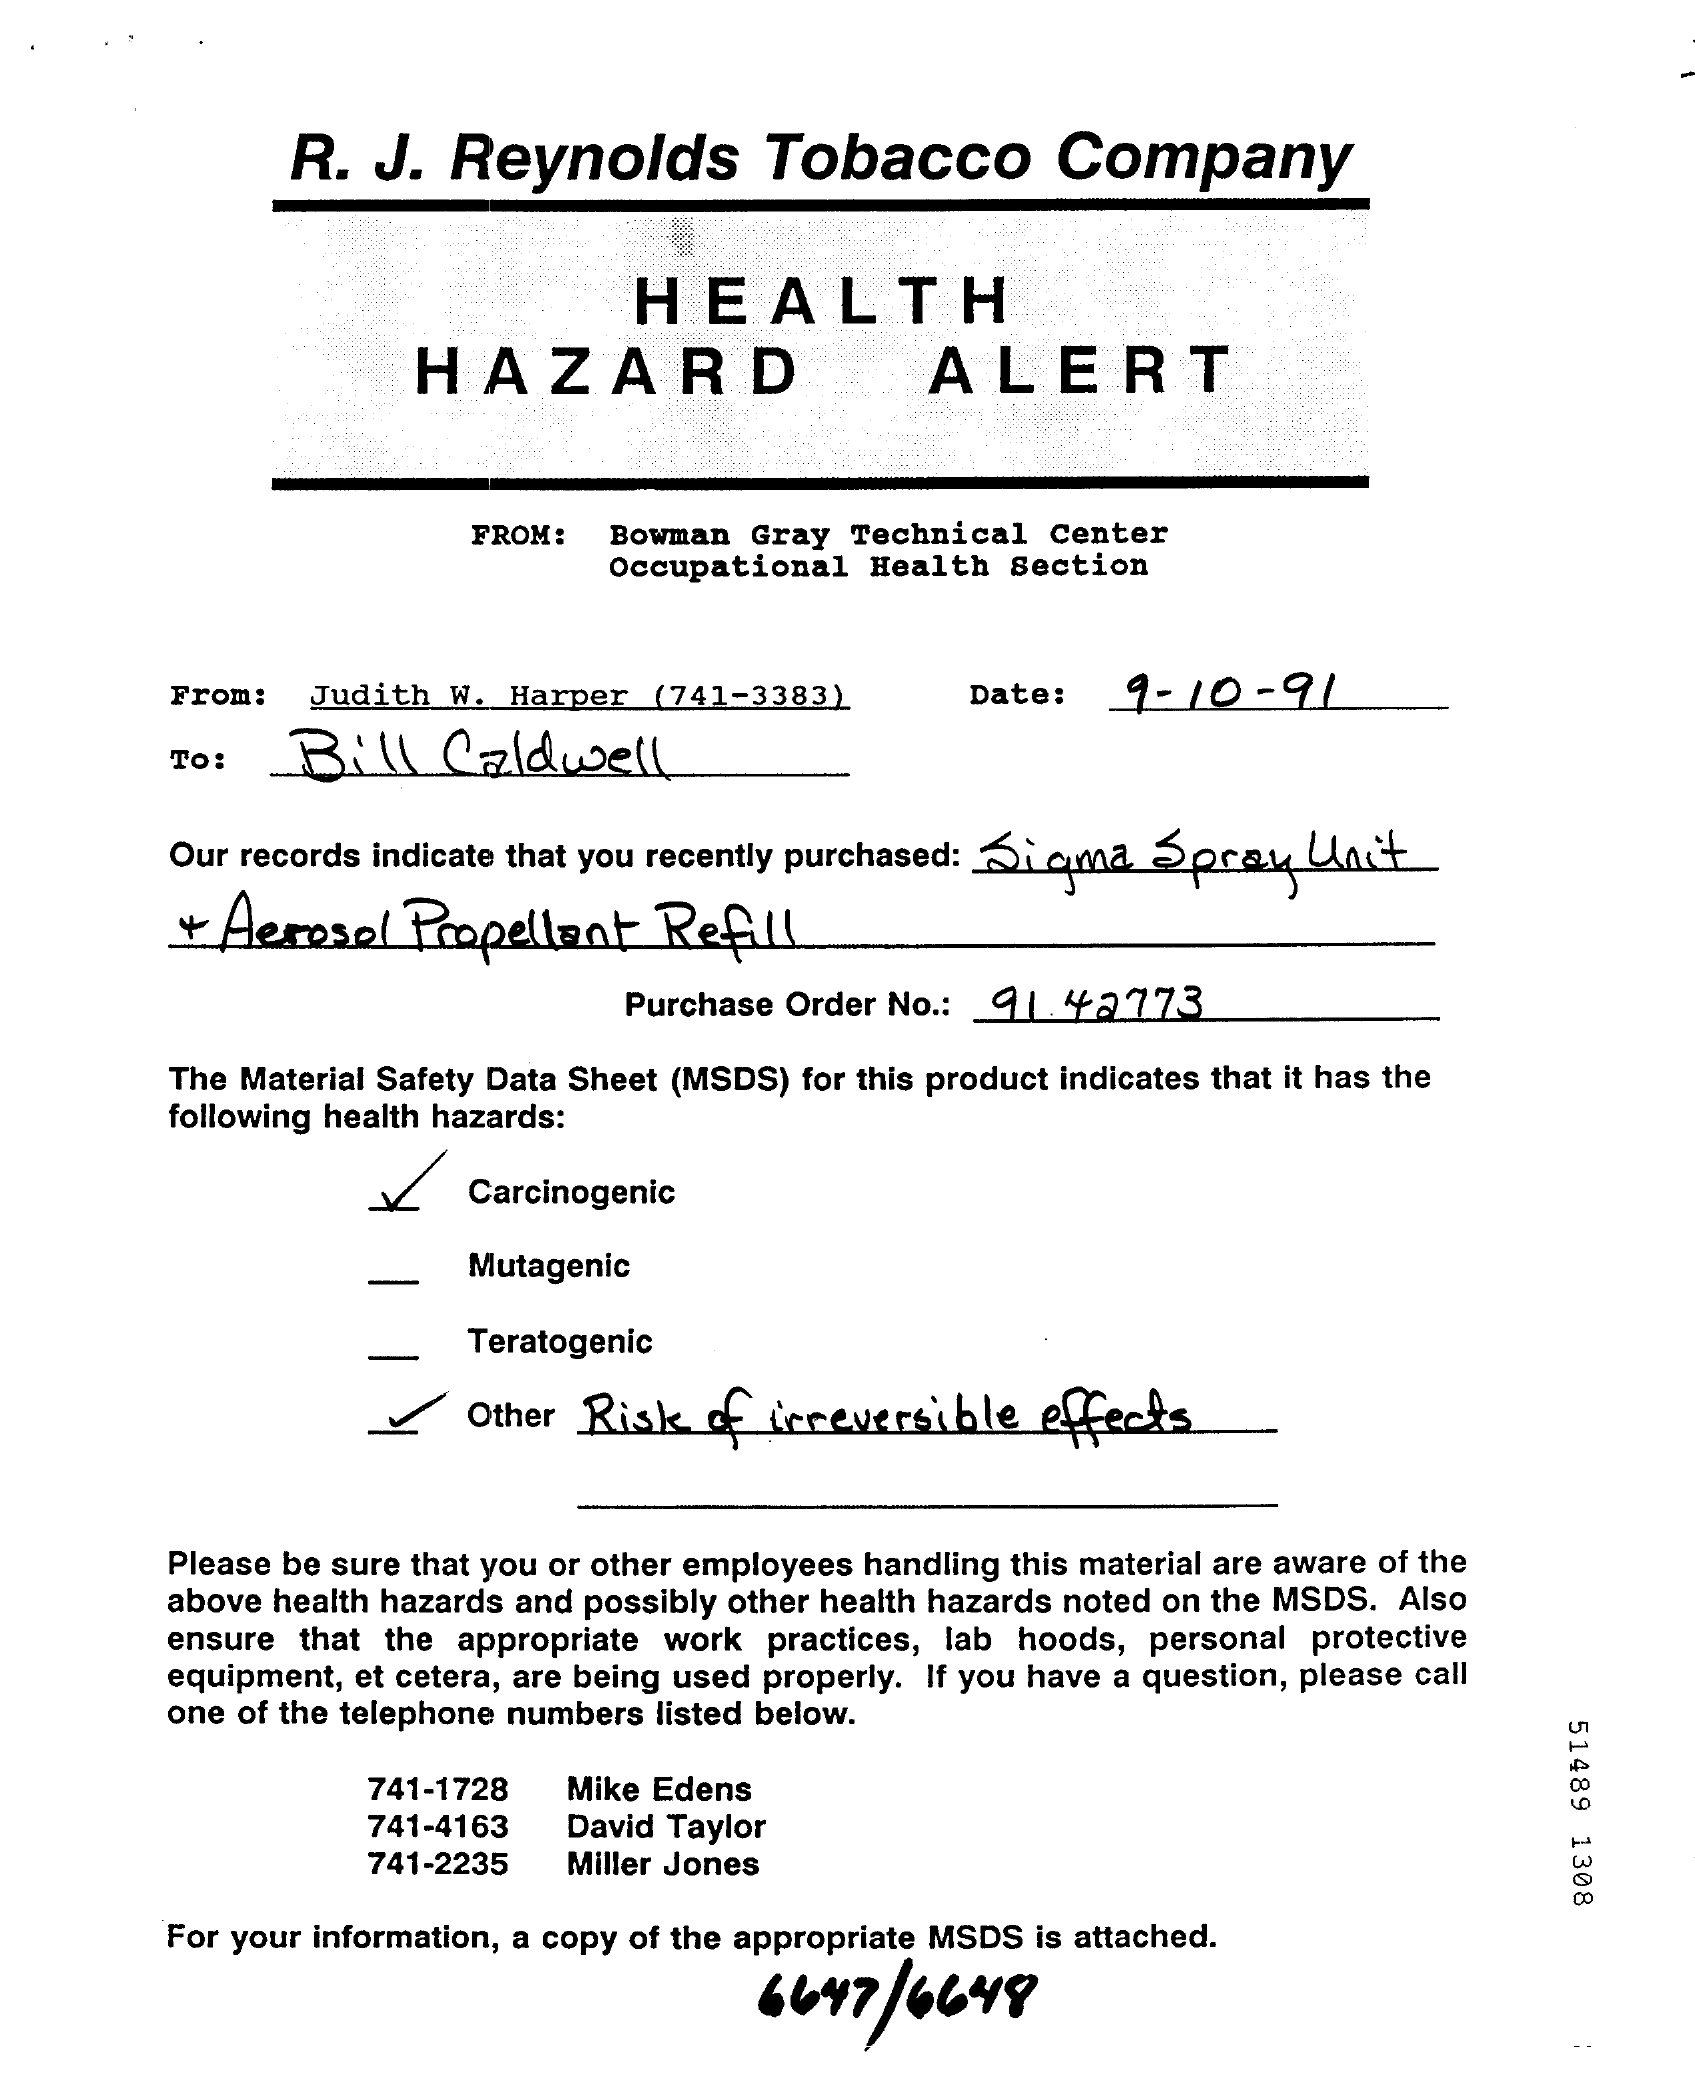
R.  J.   Reynolds    Tobacco    Company
     HEALTH
     HAZARD    ALERT
     FROM:   Bowman Gray Technical  Center
     Occupational Health Section
     From:   Judith W. Harper  (741-3383)    Date:   9-10-    91
     To:   Bill    Caldwell
     Our records indicate that you recently purchased: Si oma Spray Latt
     +  Aerosol  Propellant   Refill
     Purchase Order No .: 91 42773
     The Material Safety Data Sheet (MSDS) for this product indicates that it has the
     following health hazards:
     Carcinogenic
     Mutagenic
     Teratogenic
     Other Risk   of  irreversible  effects
     Please be sure that you or other employees handling this material are aware of the
     above health hazards and possibly other health hazards noted on the MSDS. Also
     ensure that the appropriate work practices, lab hoods, personal protective
     equipment, et cetera, are being used properly. If you have a question, please call
     one of the telephone numbers listed below.
     51489
     1308
     741-1728  Mike Edens
     741-4163  David Taylor
     741-2235  Miller Jones
     For your information, a copy of the appropriate MSDS is attached.
     6647  / 6649